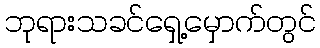
ဘုရားသခင်ရှေ့မှောက်တွင်